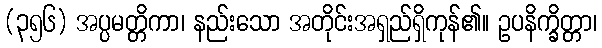
(၃၅၆) အပ္ပမတ္တိကာ၊ နည်းသော အတိုင်းအရှည်ရှိကုန်၏။ ဥပနိက္ခိတ္တာ၊